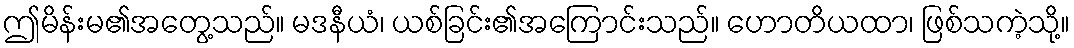
ဤမိန်းမ၏အတွေ့သည်။ မဒနီယံ၊ ယစ်ခြင်း၏အကြောင်းသည်။ ဟောတိယထာ၊ ဖြစ်သကဲ့သို့။